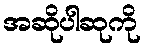
အဆိုပါဆုကို